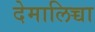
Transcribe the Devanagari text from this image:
देमालिच्चा